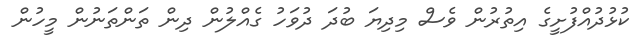
ކުޅުދުއްފުށީގެ އިތުރުން ވެސް މިދިޔަ ބުދަ ދުވަހު ގެއްލުން ދިން ތަންތަނުން މީހުން